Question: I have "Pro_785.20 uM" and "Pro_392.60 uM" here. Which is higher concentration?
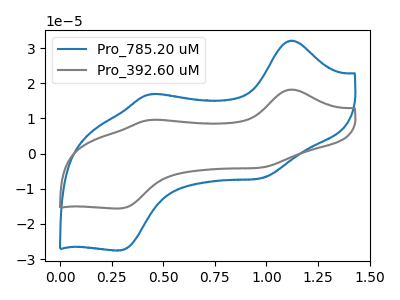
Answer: <think>The blue curve "Pro_785.20 uM" has anodic peaks at (1.10V, 32.10uA) (0.45V, 16.85uA) and cathodic peaks at (1.00V, -7.00uA) (0.30V, -27.55uA). The gray curve "Pro_392.60 uM" has anodic peaks at (1.10V, 18.20uA) (0.45V, 9.55uA) and cathodic peaks at (1.00V, -3.95uA) (0.30V, -15.60uA).
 All the peaks in "Pro_785.20 uM" have a peak in "Pro_392.60 uM" at the same potential. Every peak in "Pro_785.20 uM" is higher than every peak in "Pro_392.60 uM".</think>
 <answer>"Pro_785.20 uM" has more signal than "Pro_392.60 uM" and so likely has a higher concentration.</answer>
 <eval>more_concentration</eval>